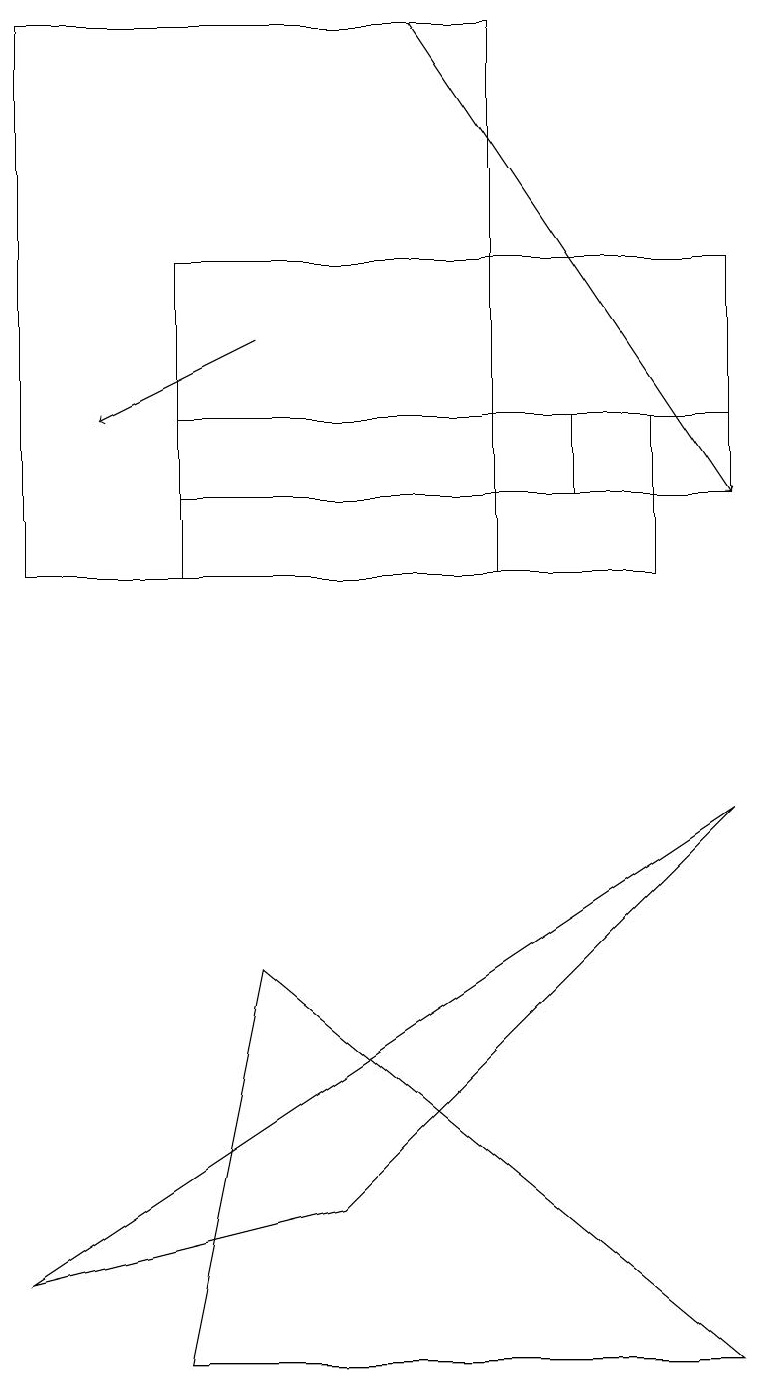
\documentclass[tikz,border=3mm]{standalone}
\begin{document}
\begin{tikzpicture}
\draw[->] (5,17) -- (9,11);
\draw (9,7) -- (0,1) -- (4,2) -- cycle;
\draw (6,17) rectangle (0,10);
\draw (9,11) rectangle (2,14);
\draw (2,10) rectangle (8,12);
\draw[->] (3,13) -- (1,12);
\draw (9,0) -- (3,5) -- (2,0) -- cycle;
\draw (9,11) rectangle (7,12);
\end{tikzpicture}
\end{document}